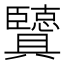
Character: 𦣶